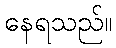
နေရသည်။